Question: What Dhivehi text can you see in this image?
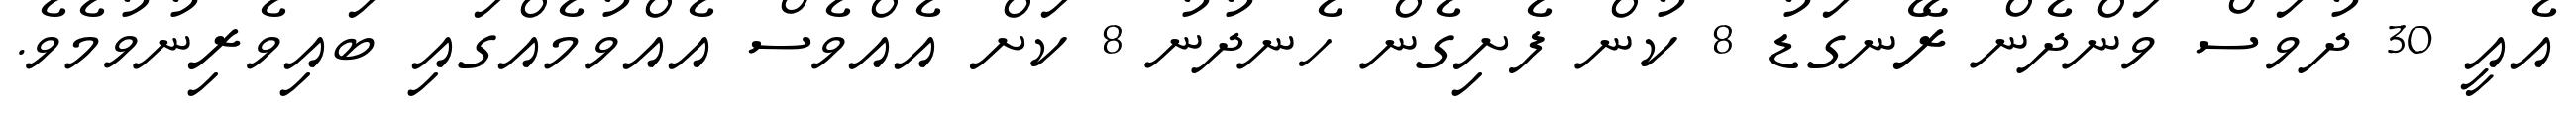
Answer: އެއީ 30 ދުވަސް ވަންދެން ރޭނގަޑު 8 ކުން ފެށިގެން ހެނދުނު 8 ކަށް އެއްވެސް އެއްވުމެއްގައި ބައިވެރިނުވުމެވެ.